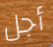
أجل